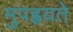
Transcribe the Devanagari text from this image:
मुपह्वयते